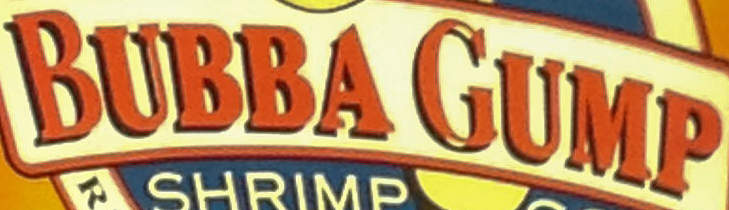
BUBBA GUMP